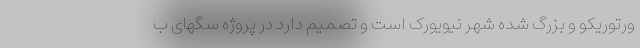
ورتوریکو و بزرگ شده شهر نیویورک است و تصمیم دارد در پروژه سگهای ب